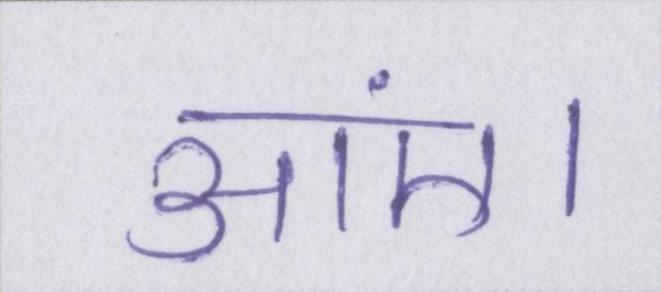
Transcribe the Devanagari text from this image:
आएं।